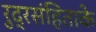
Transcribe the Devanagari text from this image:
रुद्रसंहिताके